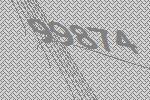
99874